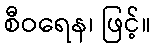
စီဝရေန၊ ဖြင့်။